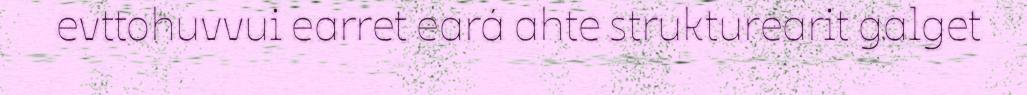
evttohuvvui earret eará ahte strukturearit galget